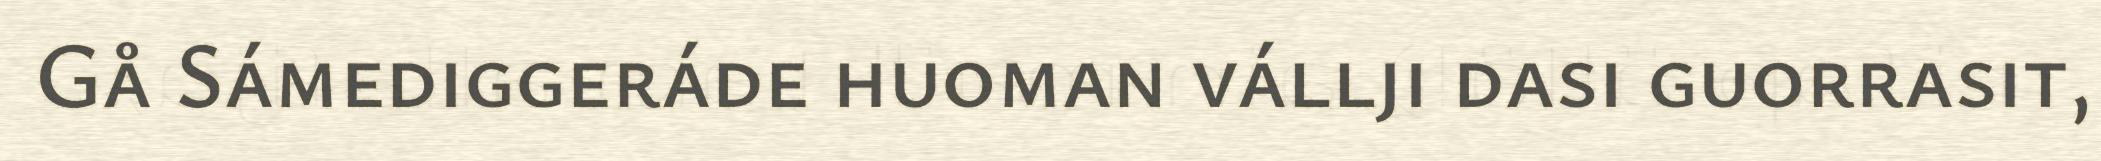
Gå Sámediggeráde huoman vállji dasi guorrasit,